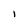
Character: 1